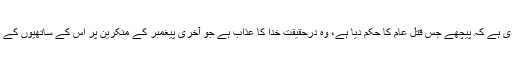
یہ قرآن نے خود صراحت فرما دی ہے کہ پیچھے جس قتل عام کا حکم دیا ہے، وہ درحقیقت خدا کا عذاب ہے جو آخری پیغمبر کے منکرین پر اُس کے ساتھیوں کے ہاتھوں سے نازل کیا جا رہا ہے۔